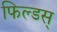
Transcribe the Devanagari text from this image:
फिल्डस्